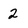
Character: 2